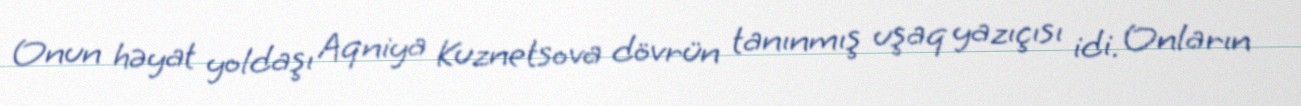
Onun həyat yoldaşı Aqniya Kuznetsova dövrün tanınmış uşaq yazıçısı idi. Onların